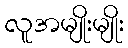
လူအမျိုးမျိုး